画像に写った文字を読んでください
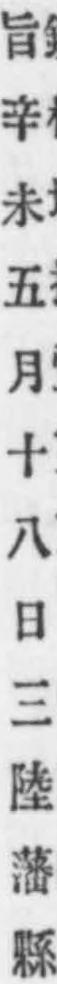
「旨辛未五月十八日三陸藩縣」と書いてあります